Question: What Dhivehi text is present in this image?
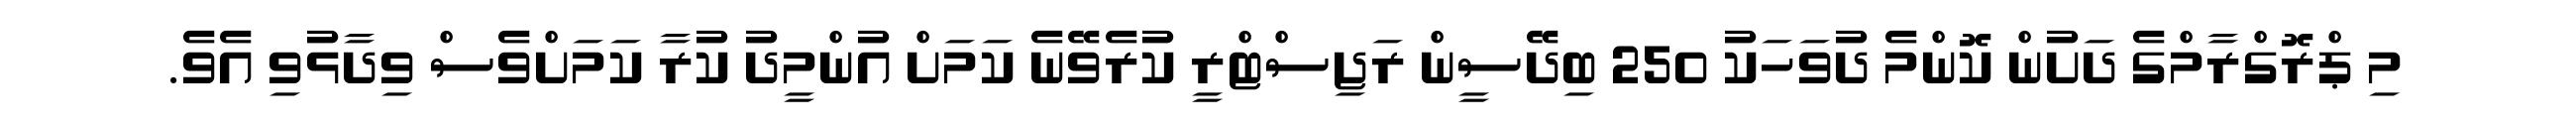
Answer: މި ޕްރޮގްރާމްގެ ދަށުން ކޮންމެ ދުވަހަކު 250 ބިދޭސީން ރަޖިސްޓްރީ ކުރެވޭނެ ކަމަށް އުންމީދު ކުރާ ކަމަށްވެސް ވިދާޅުވި އެވެ.